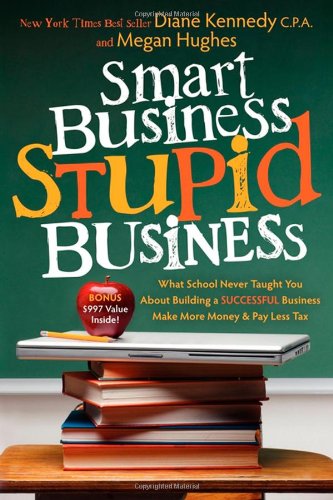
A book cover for Smart Business, Stupid Business: What School Never Taught You About Building a SUCCESSFUL Business; Diane Kennedy; Business & Money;